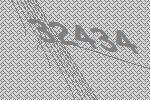
32434